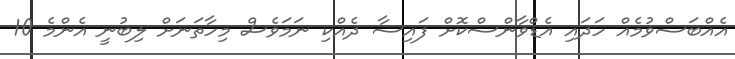
އެއްބަސްވުމެއް ހަދައި އެޑްވާންސްކޮށް ފައިސާ ދެއްކި ނަމަވެސް މިހާތަނަށް ލިބުނީ އެންމެ 10